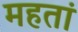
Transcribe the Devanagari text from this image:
महतां